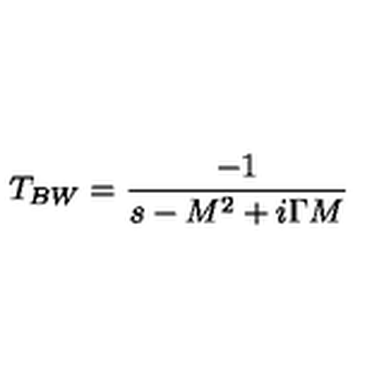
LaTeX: T _ { B W } = { \frac { - 1 } { s - M ^ { 2 } + i \Gamma M } }